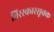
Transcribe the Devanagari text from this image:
तिरस्कारसूचक